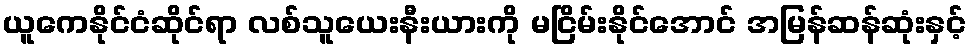
ယူကေနိုင်ငံဆိုင်ရာ လစ်သူယေးနီးယားကို မငြိမ်းနိုင်အောင် အမြန်ဆန်ဆုံးနှင့်